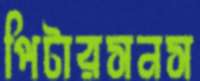
পিটারসনস